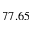
7 7 . 6 5